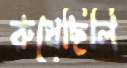
রুধেছিলি